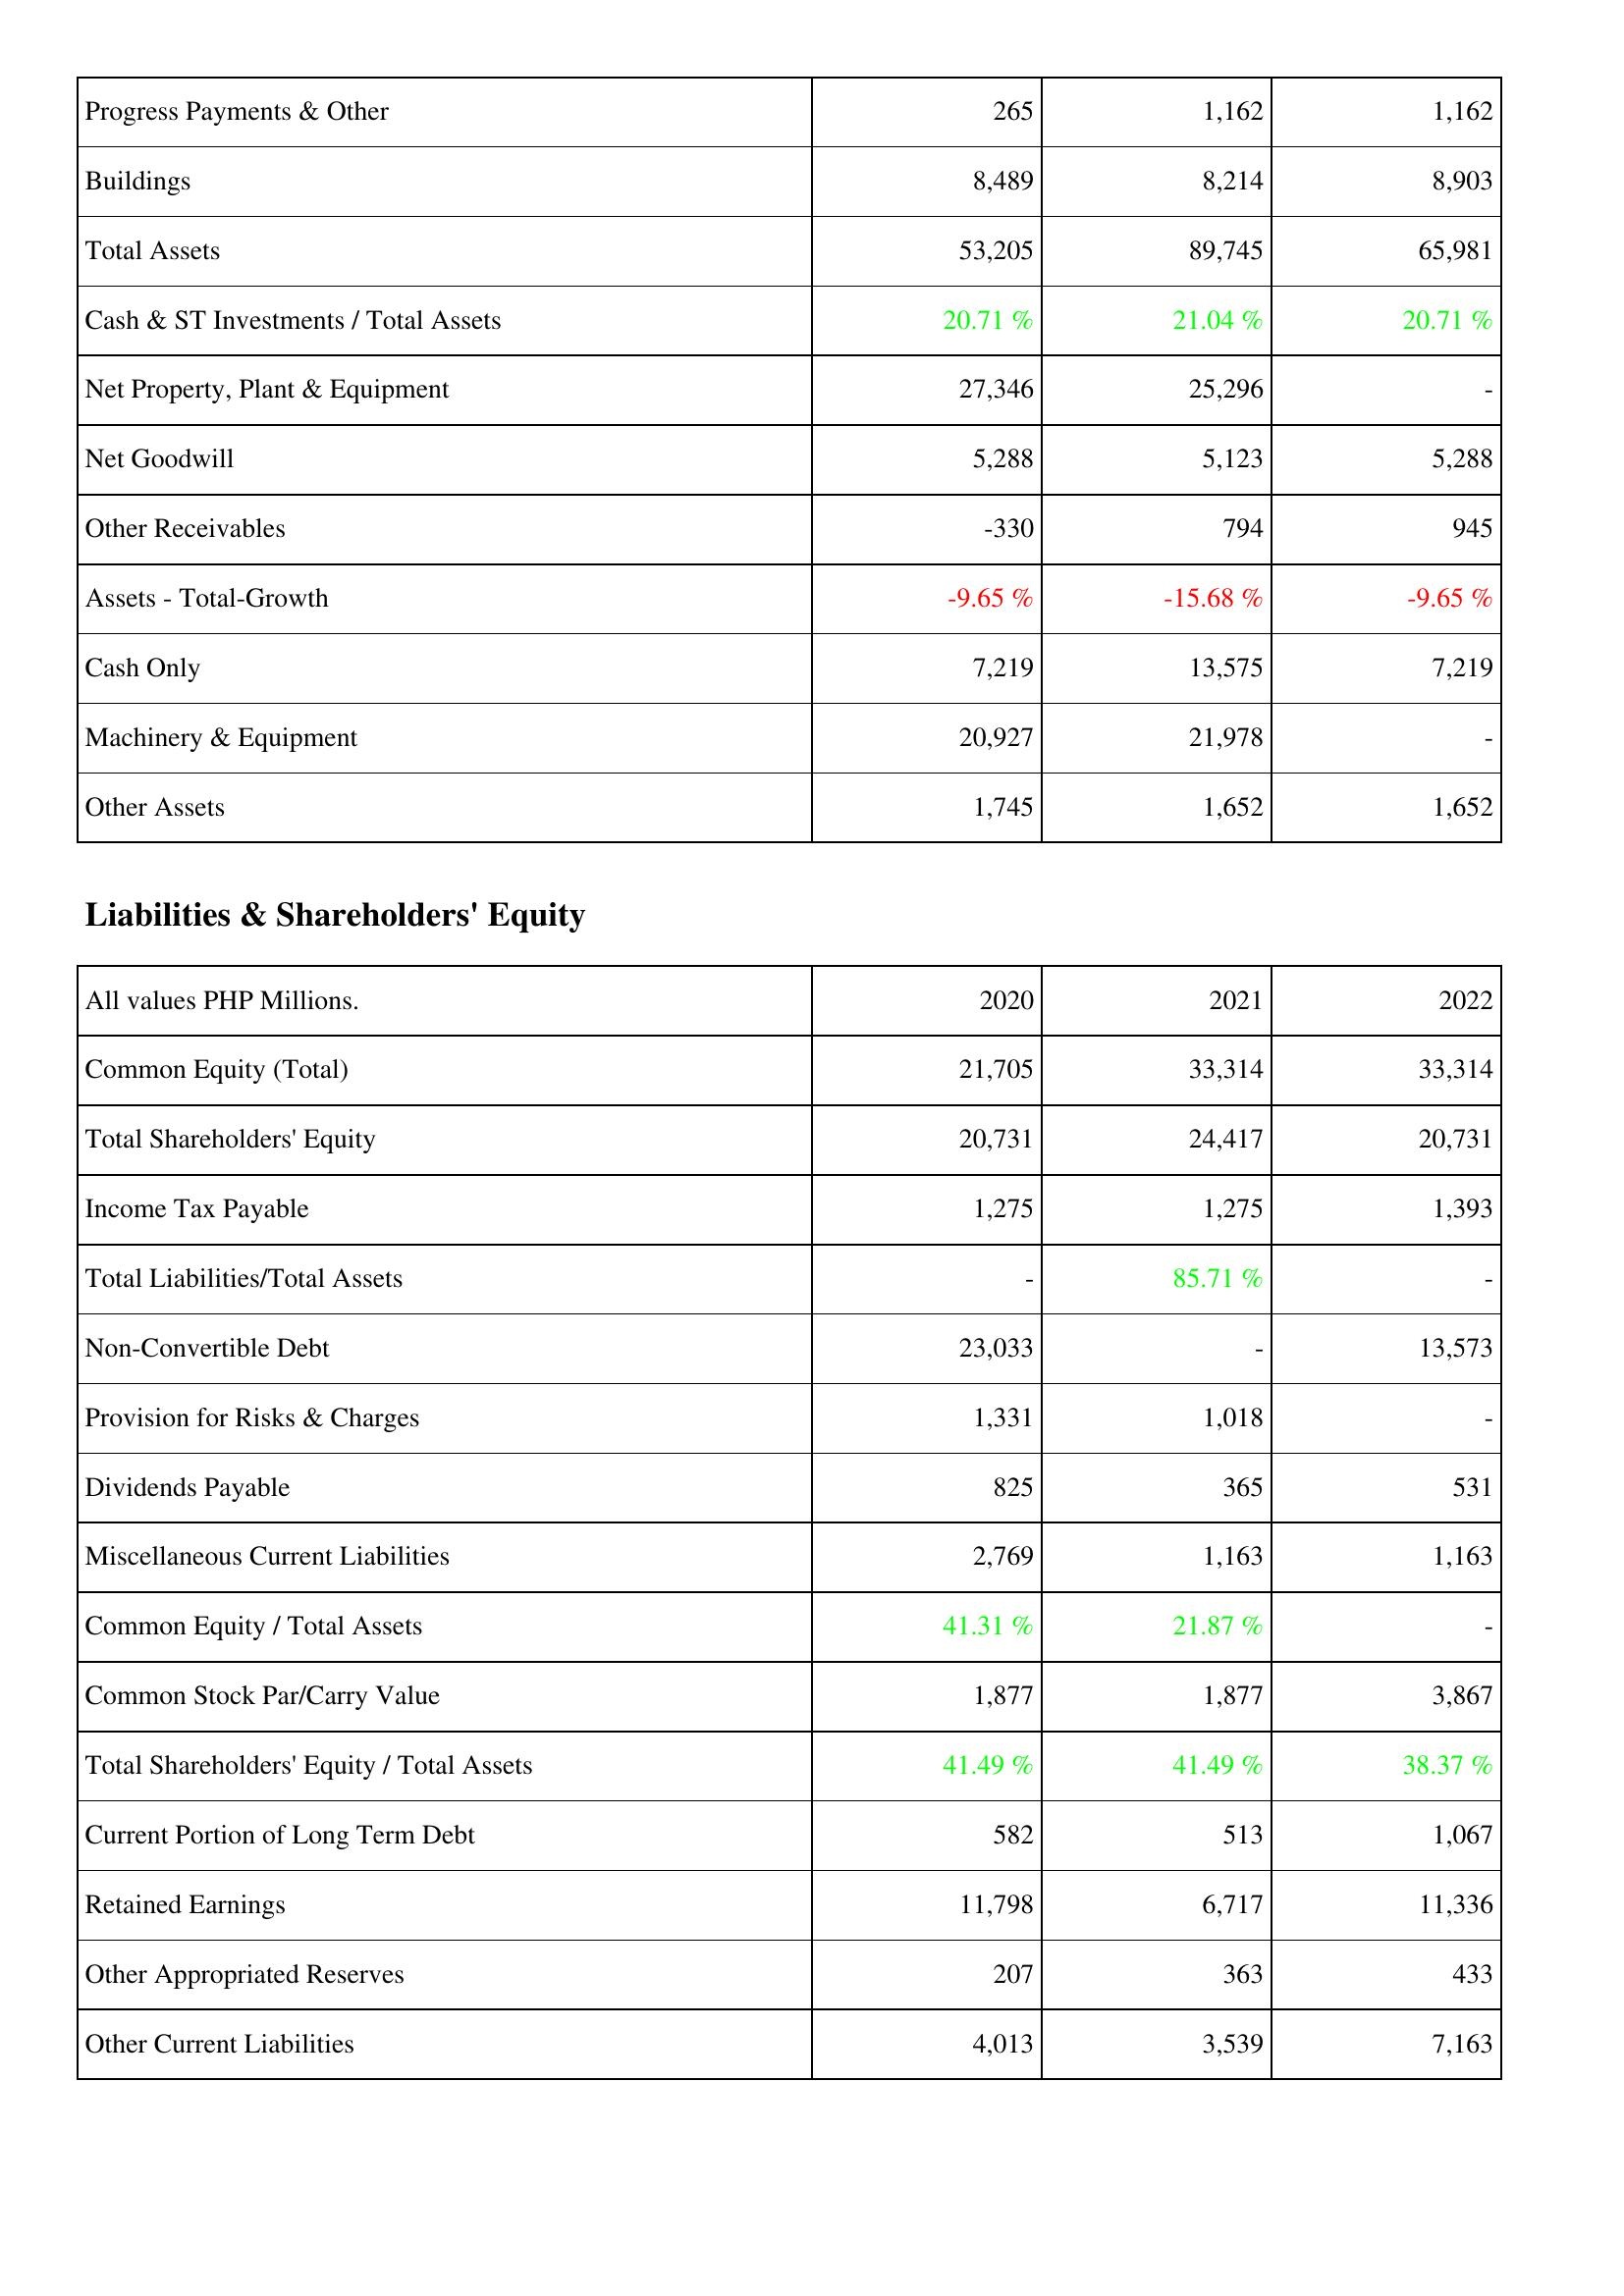
2020: Assets: Progress Payments & Other: 265
Buildings: 8,489
Total Assets: 53,205
Cash & ST Investments / Total Assets: 20.71 %
Net Property, Plant & Equipment: 27,346
Net Goodwill: 5,288
Other Receivables: -330
Assets - Total-Growth: -9.65 %
Cash Only: 7,219
Machinery & Equipment: 20,927
Other Assets: 1,745
Liabilities & Shareholders' Equity: Common Equity (Total): 21,705
Total Shareholders' Equity: 20,731
Income Tax Payable: 1,275
Total Liabilities/Total Assets: -
Non-Convertible Debt: 23,033
Provision for Risks & Charges: 1,331
Dividends Payable: 825
Miscellaneous Current Liabilities: 2,769
Common Equity / Total Assets: 41.31 %
Common Stock Par/Carry Value: 1,877
Total Shareholders' Equity / Total Assets: 41.49 %
Current Portion of Long Term Debt: 582
Retained Earnings: 11,798
Other Appropriated Reserves: 207
Other Current Liabilities: 4,013
2021: Assets: Progress Payments & Other: 1,162
Buildings: 8,214
Total Assets: 89,745
Cash & ST Investments / Total Assets: 21.04 %
Net Property, Plant & Equipment: 25,296
Net Goodwill: 5,123
Other Receivables: 794
Assets - Total-Growth: -15.68 %
Cash Only: 13,575
Machinery & Equipment: 21,978
Other Assets: 1,652
Liabilities & Shareholders' Equity: Common Equity (Total): 33,314
Total Shareholders' Equity: 24,417
Income Tax Payable: 1,275
Total Liabilities/Total Assets: 85.71 %
Non-Convertible Debt: -
Provision for Risks & Charges: 1,018
Dividends Payable: 365
Miscellaneous Current Liabilities: 1,163
Common Equity / Total Assets: 21.87 %
Common Stock Par/Carry Value: 1,877
Total Shareholders' Equity / Total Assets: 41.49 %
Current Portion of Long Term Debt: 513
Retained Earnings: 6,717
Other Appropriated Reserves: 363
Other Current Liabilities: 3,539
2022: Assets: Progress Payments & Other: 1,162
Buildings: 8,903
Total Assets: 65,981
Cash & ST Investments / Total Assets: 20.71 %
Net Property, Plant & Equipment: -
Net Goodwill: 5,288
Other Receivables: 945
Assets - Total-Growth: -9.65 %
Cash Only: 7,219
Machinery & Equipment: -
Other Assets: 1,652
Liabilities & Shareholders' Equity: Common Equity (Total): 33,314
Total Shareholders' Equity: 20,731
Income Tax Payable: 1,393
Total Liabilities/Total Assets: -
Non-Convertible Debt: 13,573
Provision for Risks & Charges: -
Dividends Payable: 531
Miscellaneous Current Liabilities: 1,163
Common Equity / Total Assets: -
Common Stock Par/Carry Value: 3,867
Total Shareholders' Equity / Total Assets: 38.37 %
Current Portion of Long Term Debt: 1,067
Retained Earnings: 11,336
Other Appropriated Reserves: 433
Other Current Liabilities: 7,163